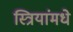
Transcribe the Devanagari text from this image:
स्त्रियांमधे